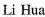
Li Hua